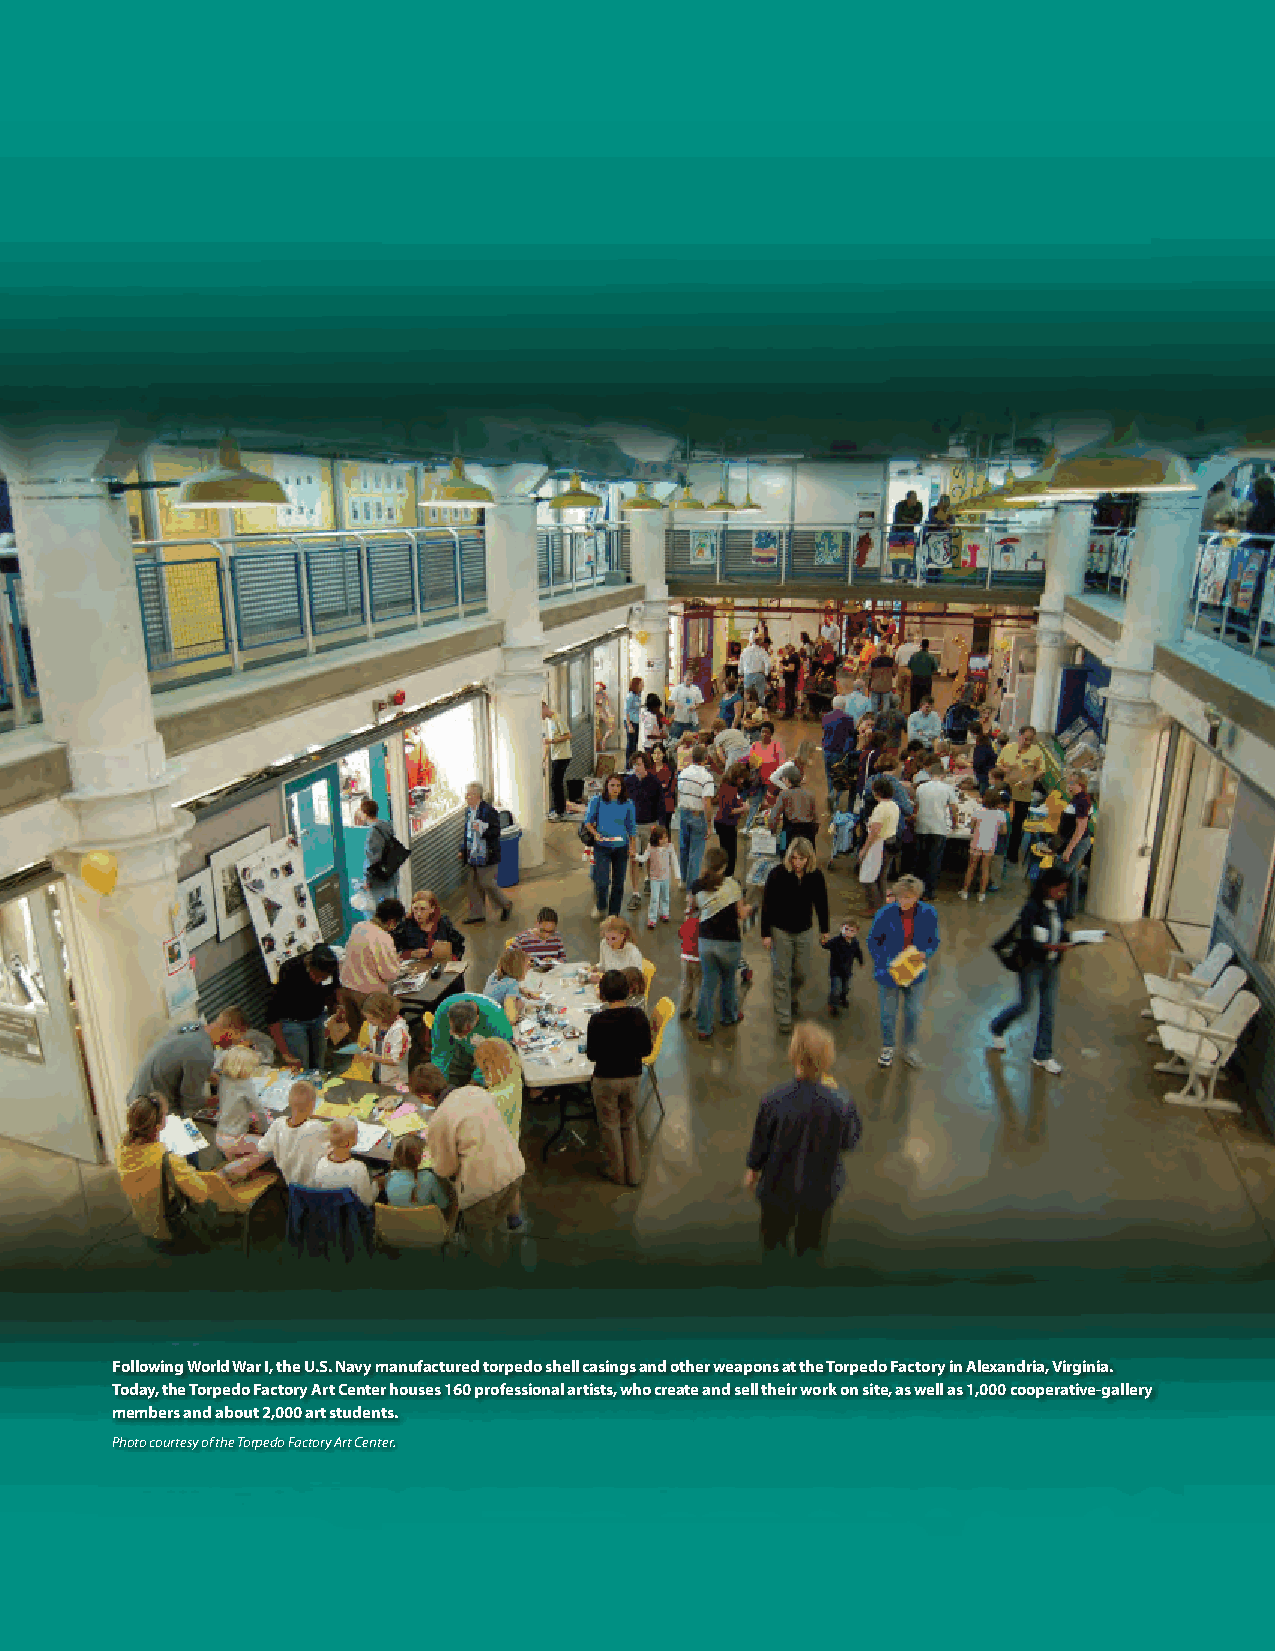
Following World War I, the U.S. Navy manufactured torpedo shell casings and other weapons at the Torpedo Factory in Alexandria, Virginia.
 Today, the Torpedo Factory Art Center houses 160 professional artists, who create and sell their work on site, as well as 1,000 cooperative-gallery
 members and about 2,000 art students.
 Photo courtesy of the Torpedo Factory Art Center.